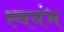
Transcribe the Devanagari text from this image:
स्वयंभ